Madras plague regulations and rules - Volume 1
Disease focus: Plague
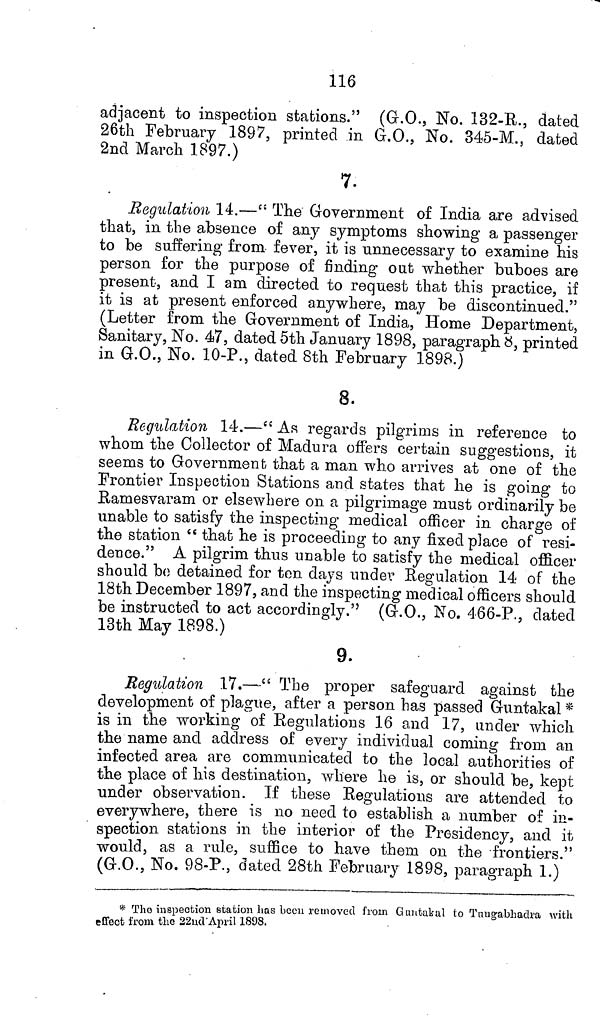
116
adjacent to inspection stations." (G.O., No. 132-R., dated
26th February 1897, printed in G.O., No. 345-M., dated
2nd March 1897.)
7.
Regulation 14.—" The Government of India are advised
that, in the absence of any symptoms showing a passenger
to be suffering from fever, it is unnecessary to examine his
person for the purpose of finding out whether buboes are
present, and I am directed to request that this practice, if
it is at present enforced anywhere, may be discontinued."
(Letter from the Government of India, Home Department,
Sanitary, No. 47, dated 5th January 1898, paragraph 8, printed
in G.O., No. 10-P., dated 8th February 1898.)
8.
Regulation 14.—"As regards pilgrims in reference to
whom the Collector of Madura offers certain suggestions, it
seems to Government that a man who arrives at one of the
Frontier Inspection Stations and states that he is going to
Ramesvaram or elsewhere on a pilgrimage must ordinarily be
unable to satisfy the inspecting medical officer in charge of
the station "that he is proceeding to any fixed place of resi-
dence." A pilgrim thus unable to satisfy the medical officer
should be detained for ten days under Regulation 14 of the
18th December 1897, and the inspecting medical officers should
be instructed to act accordingly." (G.O., No. 466-P., dated
13th May 1898.)
9.
Regulation 17.—"The proper safeguard against the
development of plague, after a person has passed Guntakal *
is in the working of Regulations 16 and 17, under which
the name and address of every individual coming from an
infected area are communicated to the local authorities of
the place of his destination, where he is, or should be, kept
under observation. If these Regulations are attended to
everywhere, there is no need to establish a number of in-
spection stations in the interior of the Presidency, and it
would, as a rule, suffice to have them on the frontiers."
(G.O., No. 98-P., dated 28th February 1898, paragraph 1.)
* The inspection station has been removed from Guntakal to Tungabhadra with
effect from the 22nd April 1898.